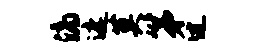
滴遮莫第过